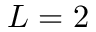
L = 2